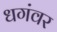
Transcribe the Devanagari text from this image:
धगंवर